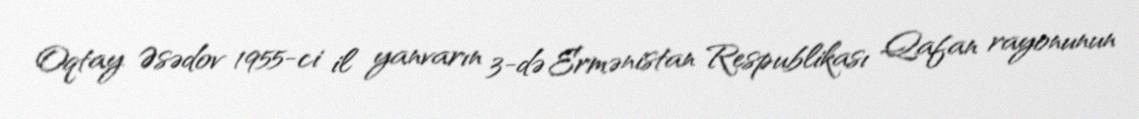
Oqtay Əsədov 1955-ci il yanvarın 3-də Ermənistan Respublikası Qafan rayonunun